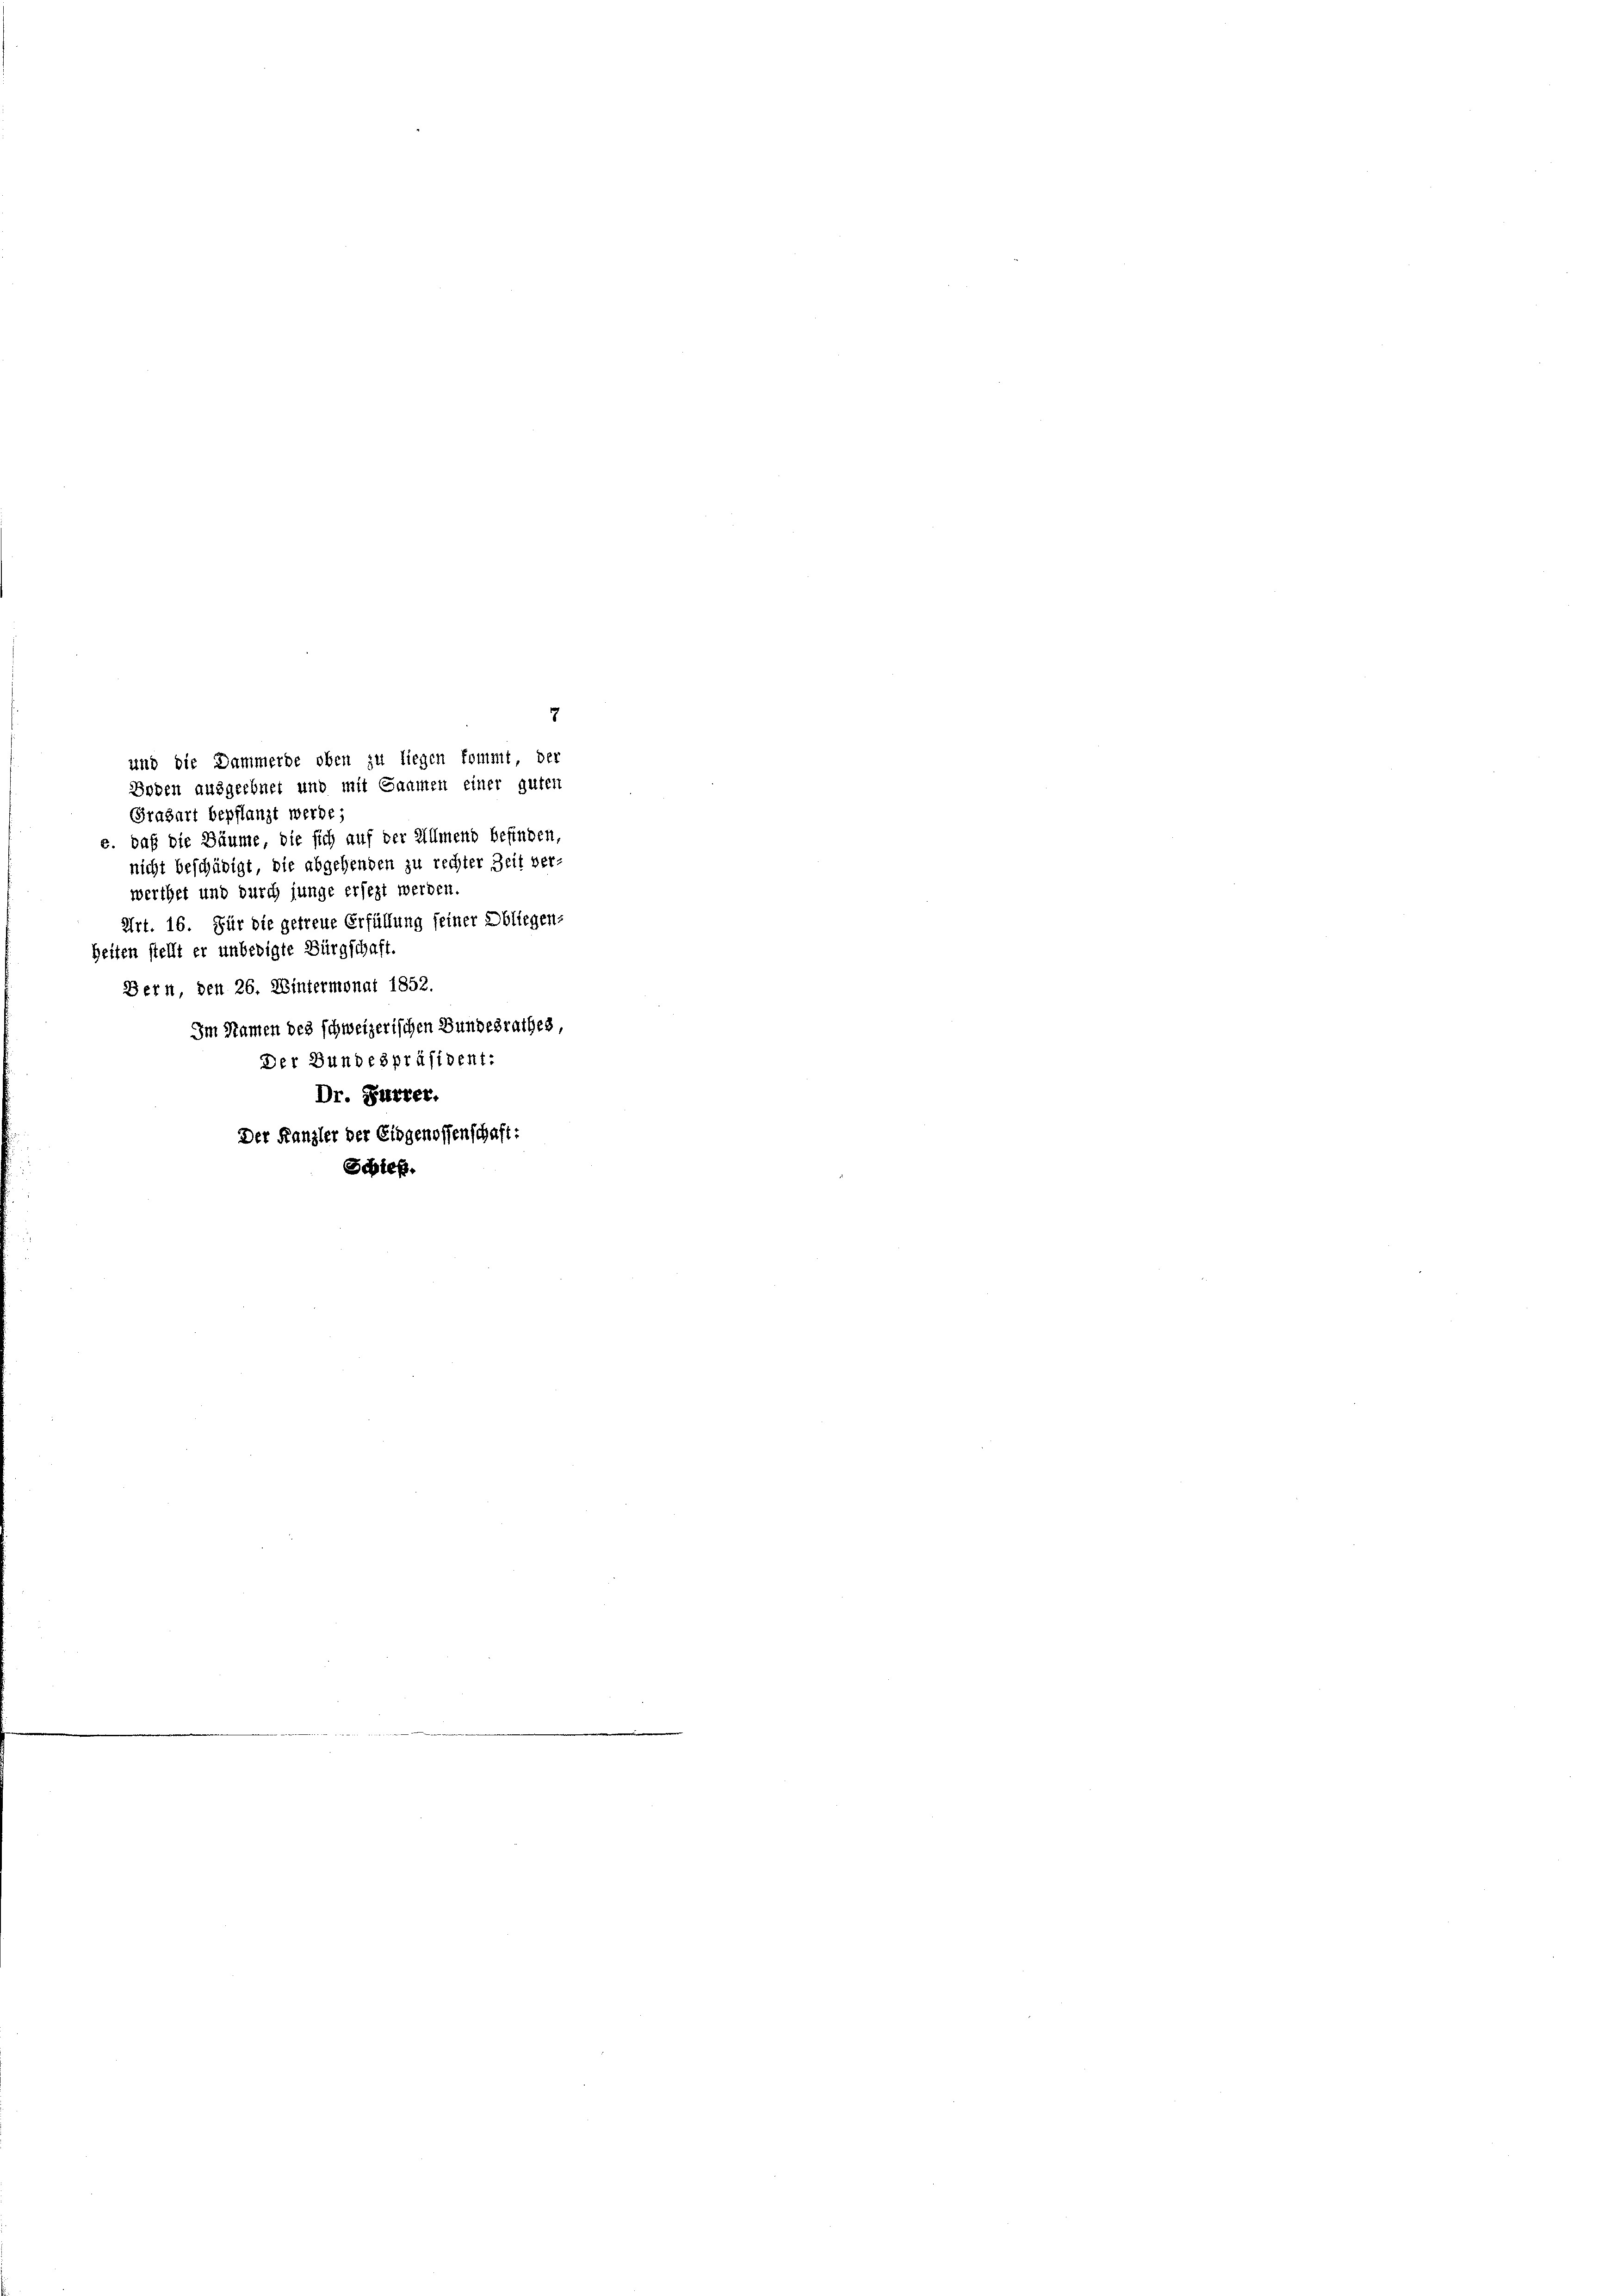
Gragart bepflanzt werde.
e. daß die Bäume, die sich auf der Allmend befinden,
nicht beschädigt, die abgehenden zu rechter Zeit ver
werthet und durch junge ersezt werden.
Art. 16. Für die getreue Erfüllung seiner Obliegen-
Zeiten stellt er unbedigte Bürgschaft.
Bern, den 26. Wintermonat 1852.
Im Namen des schweizerischen Bundesrathes,
Der Bundespräsident:
Dr. Furrer.

und die Dammerde oben zu liegen kommt, der
Boden ausgeebnet und mit Saamen einer guten

7

Der Kanzler der Eidgenossenschaft:
Schieß.